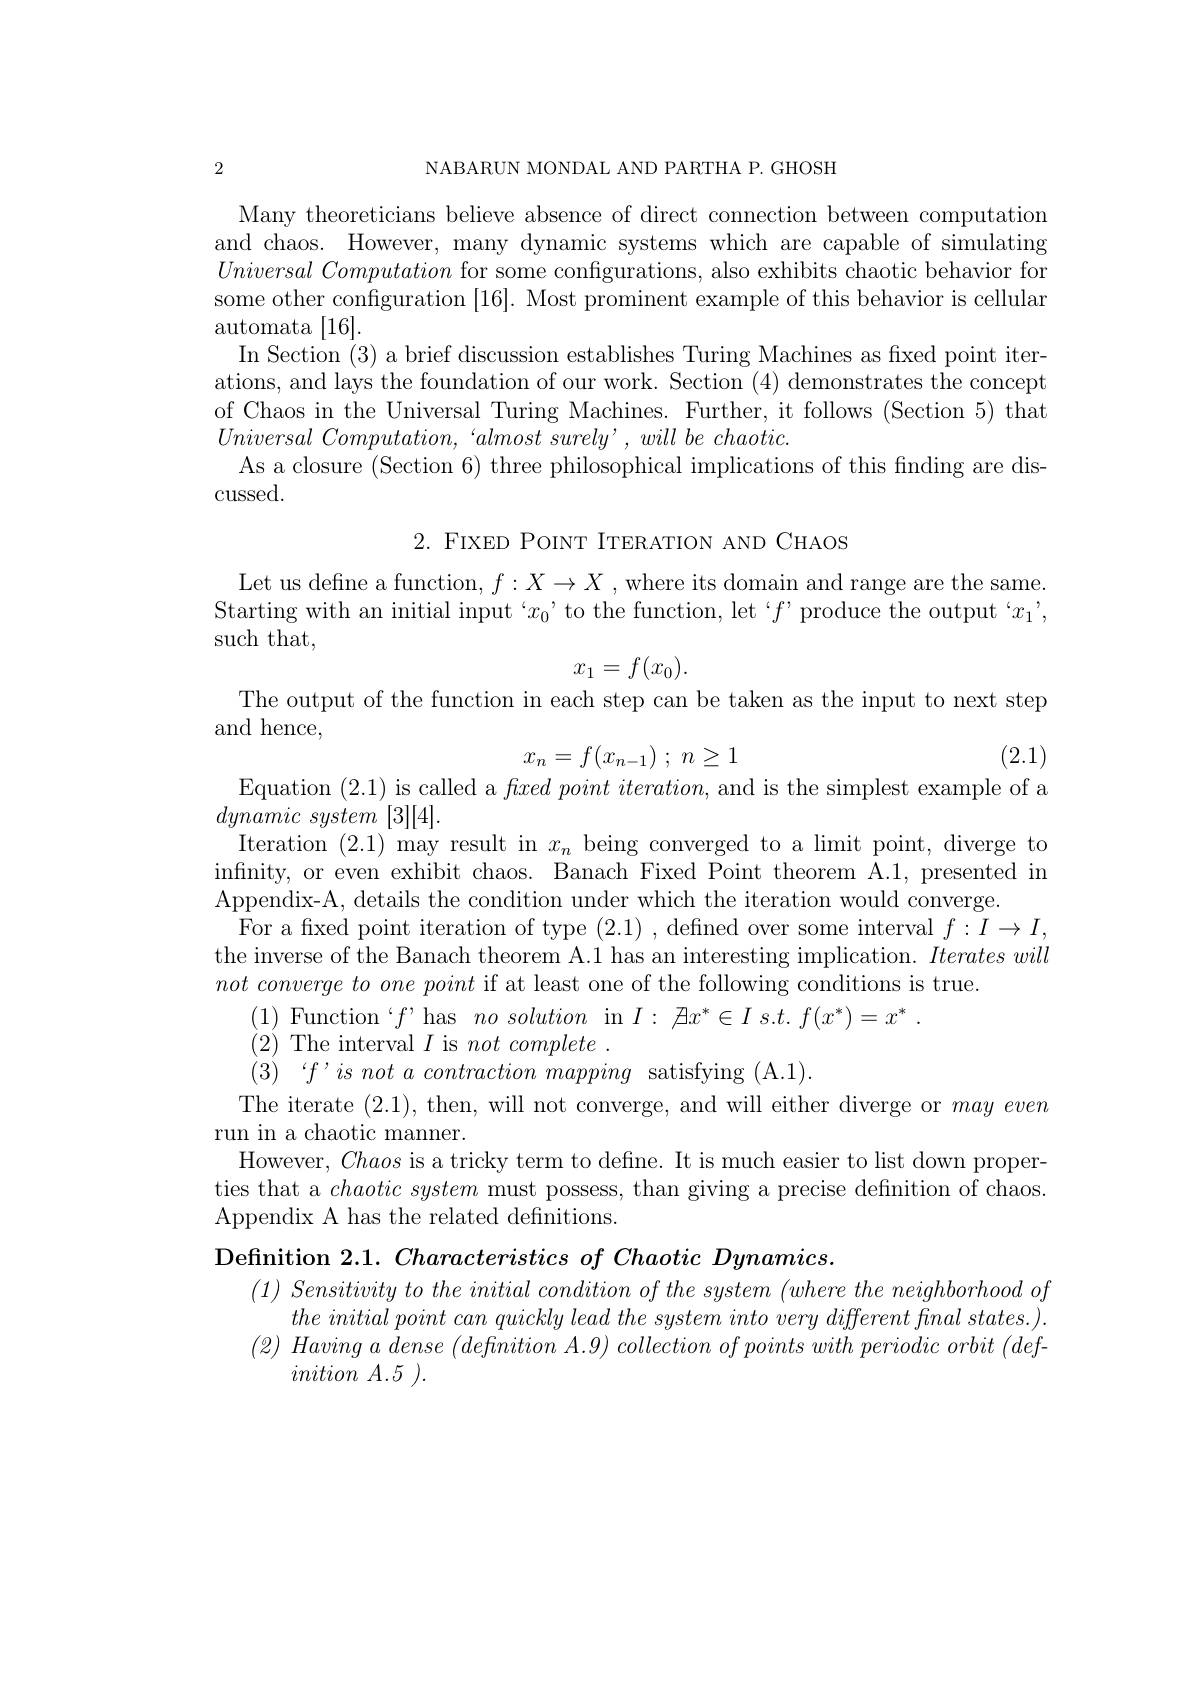
NABARUN MONDAL AND PARTHA P. GHOSH

2

Many theoreticians believe absence of direct connection between computation and chaos. However, many dynamic systems which are capable of simulating $Universal\textit{ Computation for some configurations, also exhibits chaotic behavior for}$ some other configuration [16]. Most prominent example of this behavior is cellular $\operatorname{automata}\left[16\right].$
In Section (3) a brief discussion establishes Turing Machines as fixed point iterations, and lays the foundation of our work. Section (4) demonstrates the concept of Chaos in the Universal Turing Machines. Further, it follows (Section 5) that $Universal\textit{ Computation, “ almost surely’ , will be chaotic. }$
As a closure (Section 6) three philosophical implications of this finding are dis-
$\operatorname{cussed}.$

2. FIXED POINT ITERATION AND CHAOS

Let us defne a function, $f:X\to X$ , where its domain and range are the same Starting with an initial input‘$x_0’$to the function, let‘$f’$produce the output‘$x_1’$, such that,
$$x_1=f(x_0).$$
The output of the function in each step can be taken as the input to next step
and hence,
$$x_n=f(x_{n-1})\:;\:n\ge1$$
(2.1)

Equation (2.1) is called a $fxed\textit{point iteration, and is the simplest example of a}$
dynamic system [3][4].
Iteration (2.1) may result in $x_n$ being converged to a limit point, diverge to infnity, or even exhibit chaos. Banach Fixed Point theorem A.1, presented in Appendix-A, details the condition under which the iteration would converge.
For a fxed point iteration of type (2.1),defned over some interval $f:I\to I$, the inverse of the Banach theorem A.1 has an interesting implication. $Iterates\textit{will}$ $not\textit{ converge to one point if at least one of the following conditions is true}.$
$\begin{array}{ll}{(1)}&{\mathrm{Function~}}{f’\mathrm{has}}&{no}&{solution}&{\mathrm{in~}I:}&{\not{\mathcal H}x^{*}\in Is.t.f(x^{*})=x^{*}\:.}\\{(2)\:\mathrm{The~interval~}I\text{ is }not~complete\:.}\\{(3)\: f’is~not~a~contraction~mapping~satisfying~(A.1).}\end{array}$
The iterate (2.1), then, will not converge, and will either diverge or mayeven
run in a chaotic manner.
However, Chaos is a tricky term to define. It is much easier to list down properties that a $chaotic\textit{ system must possess, than giving a precise definition of chaos. }$ Appendix A has the related definitions
Definition $2. 1. \textit{ Characteristics of Chaotic Dynamics}$

$( 1) \textit{ Sensitivity to the initial condition of the system }( where\textit{the neighborhood of})$

$the\textit{ initial point can quickly lead the system into very different final states. ) . }$

$( 2) \textit{ Having a dense }( definition\textit{ A. 9}) \textit{ collection of points with periodic orbit }( def- 1)$

inition $A. 5$ ).